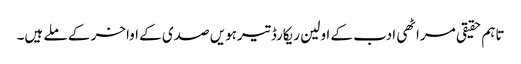
تاہم حقیقی مراٹھی ادب کے اولین ریکارڈ تیرہویں صدی کے اواخر کے ملے ہیں۔